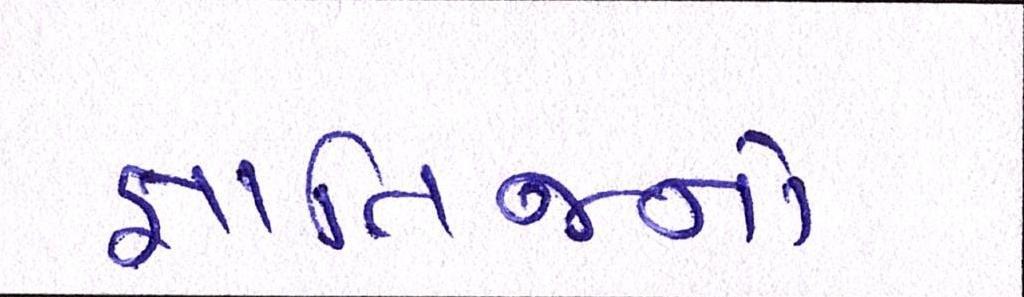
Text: જ્ઞાતિજનો